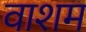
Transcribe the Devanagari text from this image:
वाशम